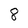
Character: 8